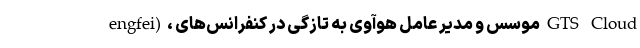
engfei)، موسس و مدیر عامل هوآوی به تازگی در کنفرانس‌های GTS Cloud